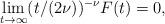
LaTeX: \begin{align*}\lim_{t \to \infty}(t/(2\nu))^{-\nu}F(t) = 0,\end{align*}